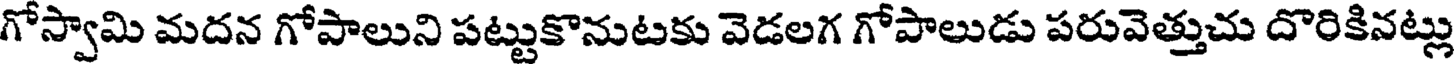
గోస్వామి మదన గోపాలుని పట్టుకొనుటకు వెడలగ గోపాలుడు పరువెత్తుచు దొరికినట్లు